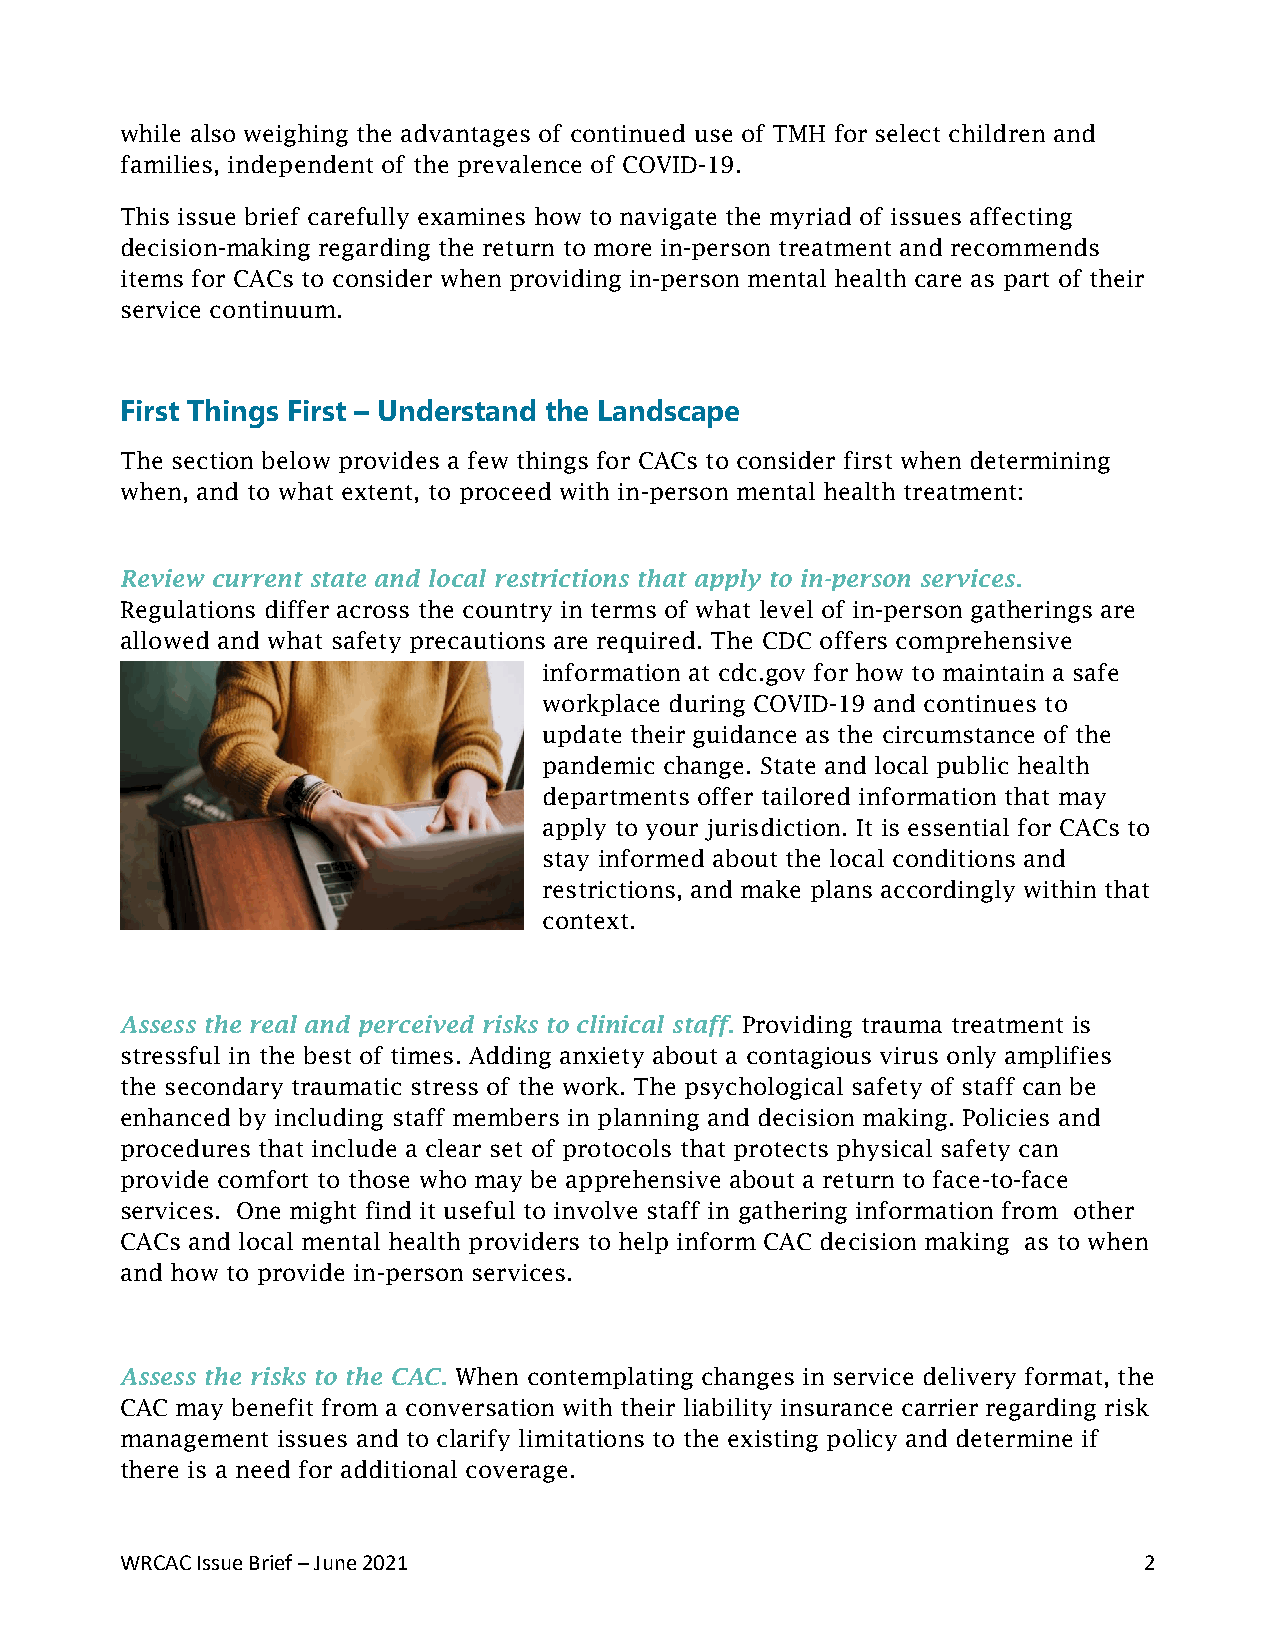
while also weighing the advantages of continued use of TMH for select children and
 families, independent of the prevalence of COVID-19.
 This issue brief carefully examines how to navigate the myriad of issues affecting
 decision-making regarding the return to more in-person treatment and recommends
 items for CACs to consider when providing in-person mental health care as part of their
 service continuum.
 First Things First – Understand the Landscape
 The section below provides a few things for CACs to consider first when determining
 when, and to what extent, to proceed with in-person mental health treatment:
 Review current state and local restrictions that apply to in-person services.
 Regulations differ across the country in terms of what level of in-person gatherings are
 allowed and what safety precautions are required. The CDC offers comprehensive
 information at cdc.gov for how to maintain a safe
 workplace during COVID-19 and continues to
 update their guidance as the circumstance of the
 pandemic change. State and local public health
 departments offer tailored information that may
 apply to your jurisdiction. It is essential for CACs to
 stay informed about the local conditions and
 restrictions, and make plans accordingly within that
 context.
 Assess the real and perceived risks to clinical staff. Providing trauma treatment is
 stressful in the best of times. Adding anxiety about a contagious virus only amplifies
 the secondary traumatic stress of the work. The psychological safety of staff can be
 enhanced by including staff members in planning and decision making. Policies and
 procedures that include a clear set of protocols that protects physical safety can
 provide comfort to those who may be apprehensive about a return to face-to-face
 services. One might find it useful to involve staff in gathering information from other
 CACs and local mental health providers to help inform CAC decision making as to when
 and how to provide in-person services.
 Assess the risks to the CAC. When contemplating changes in service delivery format, the
 CAC may benefit from a conversation with their liability insurance carrier regarding risk
 management issues and to clarify limitations to the existing policy and determine if
 there is a need for additional coverage.
 WRCAC Issue Brief – June 2021                                       2